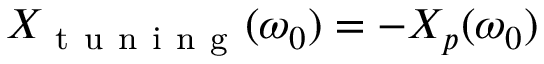
X _ { \mathrm { ~ t ~ u ~ n ~ i ~ n ~ g ~ } } ( \omega _ { 0 } ) = - X _ { p } ( \omega _ { 0 } )